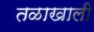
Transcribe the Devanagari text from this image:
तळाखाली